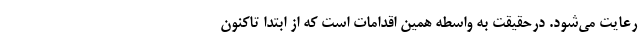
رعایت می‌شود. درحقیقت به واسطه همین اقدامات است که از ابتدا تاکنون